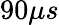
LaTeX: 90\mu s